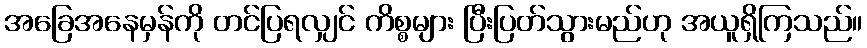
အခြေအနေမှန်ကို တင်ပြရလျှင် ကိစ္စများ ပြီးပြတ်သွားမည်ဟု အယူရှိကြသည်။